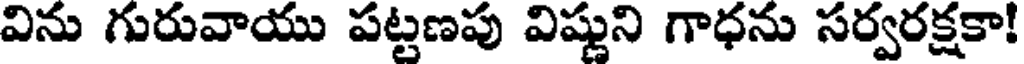
విను గురువాయు పట్టణపు విష్ణుని గాధను సర్వరక్షకా!